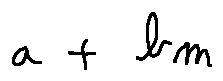
a + b m